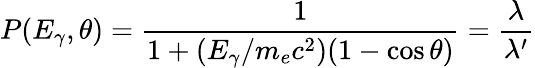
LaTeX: P(E_{\gamma},\theta)={\frac{1}{1+(E_{\gamma}/m_{e}c^{2})(1-\cos\theta)}}={\frac{\lambda}{\lambda^{\prime}}}